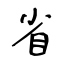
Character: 省